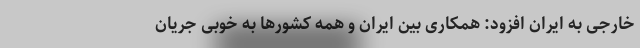
خارجی به ایران افزود: همکاری بین ایران و همه کشور‌ها به خوبی جریان